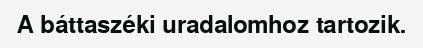
A báttaszéki uradalomhoz tartozik.